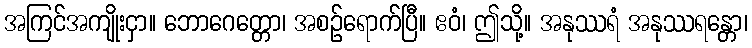
အကြင်အကျိုးငှာ။ ဘောဂေတ္တော၊ အစဉ်ရောက်ပြီ။ ဧဝံ၊ ဤသို့။ အနုဿရံ အနုဿရန္တော၊